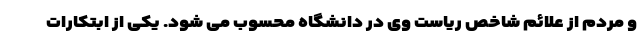
و مردم از علائم شاخص ریاست وی در دانشگاه محسوب می شود. یکی از ابتکارات